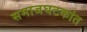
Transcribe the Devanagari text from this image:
समाजघटकांत